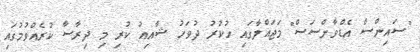
"ސައިންސް އެޑްވާންސަސް" މަޖައްލާގައި ހުކުރު ދުވަހު ޝާއިއު ކުރި މި ދިރާސާ ކުރެއްވުމުގައި